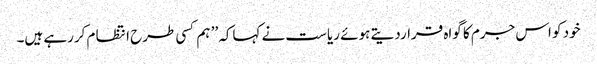
خود کو اس جرم کا گواہ قراردیتے ہوئے ریاست نے کہاکہ ’’ ہم کسی طرح انتظا م کررہے ہیں۔